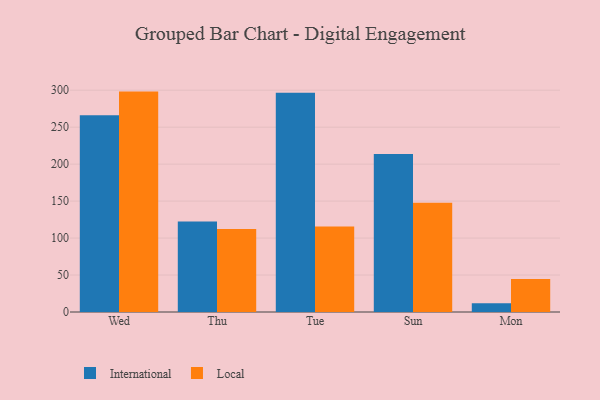
{"axis": {"x": "Day", "y": "Net Income (USD K)"}, "legend": ["International", "Local"], "data": [{"x": "Wed", "y": 266.0, "type": "International"}, {"x": "Wed", "y": 298.1, "type": "Local"}, {"x": "Thu", "y": 122.3, "type": "International"}, {"x": "Thu", "y": 112.1, "type": "Local"}, {"x": "Tue", "y": 296.5, "type": "International"}, {"x": "Tue", "y": 115.7, "type": "Local"}, {"x": "Sun", "y": 213.6, "type": "International"}, {"x": "Sun", "y": 147.9, "type": "Local"}, {"x": "Mon", "y": 11.8, "type": "International"}, {"x": "Mon", "y": 44.5, "type": "Local"}]}